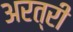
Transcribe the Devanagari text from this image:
अरत्री